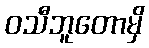
ဝသီဘူတောမှိ